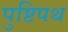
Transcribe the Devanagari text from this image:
पुष्टिपथ